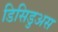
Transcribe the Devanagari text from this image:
डिसिडुअस